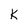
Character: k